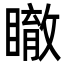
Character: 瞮